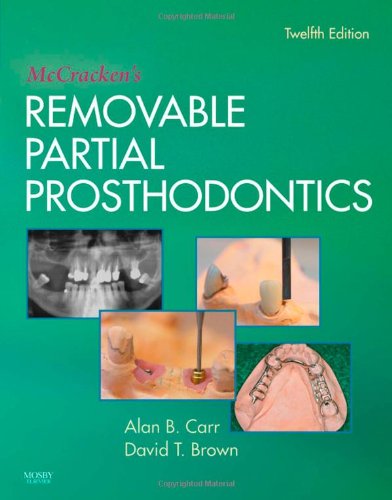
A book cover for McCracken's Removable Partial Prosthodontics, 12e; Alan B. Carr DMD  MS; Medical Books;